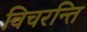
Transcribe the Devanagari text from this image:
विचरन्ति